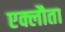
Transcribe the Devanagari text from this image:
एक्लौता